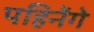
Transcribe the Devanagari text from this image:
पहिनेंगे